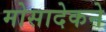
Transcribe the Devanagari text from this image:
मोसादेकने